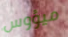
ميؤوس